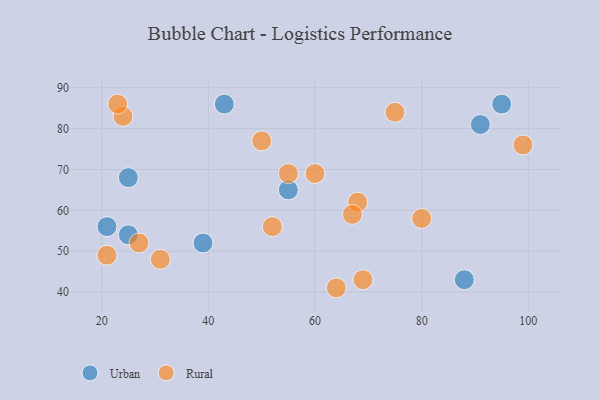
{"axis": {"x": "GDP", "y": "Life Expectancy"}, "legend": ["Rural", "Urban"], "data": [{"x": "25", "y": 68, "type": "Urban"}, {"x": "95", "y": 86, "type": "Urban"}, {"x": "91", "y": 81, "type": "Urban"}, {"x": "43", "y": 86, "type": "Urban"}, {"x": "55", "y": 65, "type": "Urban"}, {"x": "21", "y": 56, "type": "Urban"}, {"x": "88", "y": 43, "type": "Urban"}, {"x": "39", "y": 52, "type": "Urban"}, {"x": "25", "y": 54, "type": "Urban"}, {"x": "52", "y": 56, "type": "Rural"}, {"x": "99", "y": 76, "type": "Rural"}, {"x": "55", "y": 69, "type": "Rural"}, {"x": "69", "y": 43, "type": "Rural"}, {"x": "50", "y": 77, "type": "Rural"}, {"x": "24", "y": 83, "type": "Rural"}, {"x": "27", "y": 52, "type": "Rural"}, {"x": "60", "y": 69, "type": "Rural"}, {"x": "75", "y": 84, "type": "Rural"}, {"x": "80", "y": 58, "type": "Rural"}, {"x": "31", "y": 48, "type": "Rural"}, {"x": "68", "y": 62, "type": "Rural"}, {"x": "64", "y": 41, "type": "Rural"}, {"x": "23", "y": 86, "type": "Rural"}, {"x": "67", "y": 59, "type": "Rural"}, {"x": "21", "y": 49, "type": "Rural"}]}